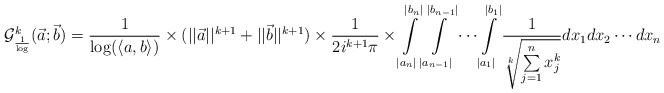
\begin{align*}\mathcal{G}^{k}_{\frac{1}{\log}}(\vec{a};\vec{b})&=\frac{1}{\log (\langle a,b \rangle)}\times (||\vec{a}||^{k+1}+||\vec{b}||^{k+1})\times \frac{1}{2i^{k+1}\pi} \times \int \limits_{|a_n|}^{|b_n|} \int \limits_{|a_{n-1}|}^{|b_{n-1}|}\cdots \int \limits_{|a_1|}^{|b_1|}\frac{1}{\sqrt[k]{\sum \limits_{j=1}^{n}x^k_j}}dx_1dx_2\cdots dx_n\end{align*}